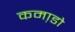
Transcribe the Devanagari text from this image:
कमा़डो